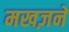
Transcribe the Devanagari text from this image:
मखज़ने